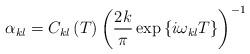
LaTeX: \begin{align*}\alpha _{kl}=C_{kl}\left( T\right) \left( \frac{2k}{\pi }\exp \left\{i\omega _{kl}T\right\} \right) ^{-1} \end{align*}